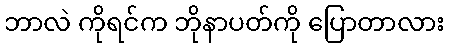
ဘာလဲ ကိုရင်က ဘိုနာပတ်ကို ပြောတာလား